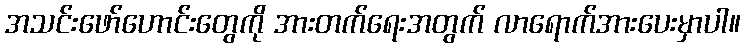
အသင်းဖော်ဟောင်းတွေကို အားတက်ရေးအတွက် လာရောက်အားပေးမှာပါ။